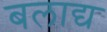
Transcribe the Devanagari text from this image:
बलाद्य